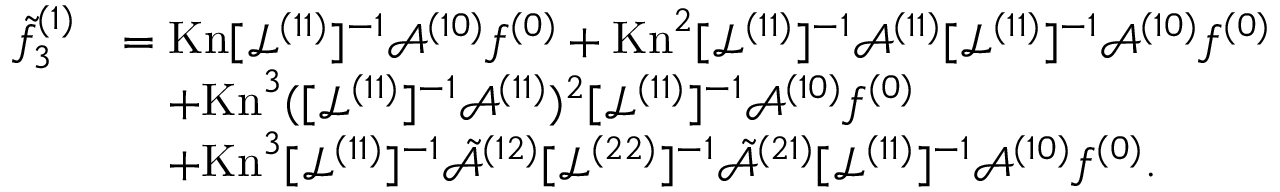
\begin{array} { r l } { \tilde { f } _ { 3 } ^ { ( 1 ) } } & { = \mathrm { K n } [ \mathcal { L } ^ { ( 1 1 ) } ] ^ { - 1 } \mathcal { A } ^ { ( 1 0 ) } f ^ { ( 0 ) } + \mathrm { K n } ^ { 2 } [ \mathcal { L } ^ { ( 1 1 ) } ] ^ { - 1 } \mathcal { A } ^ { ( 1 1 ) } [ \mathcal { L } ^ { ( 1 1 ) } ] ^ { - 1 } \mathcal { A } ^ { ( 1 0 ) } f ^ { ( 0 ) } } \\ & { \quad + \mathrm { K n } ^ { 3 } ( [ \mathcal { L } ^ { ( 1 1 ) } ] ^ { - 1 } \mathcal { A } ^ { ( 1 1 ) } ) ^ { 2 } [ \mathcal { L } ^ { ( 1 1 ) } ] ^ { - 1 } \mathcal { A } ^ { ( 1 0 ) } f ^ { ( 0 ) } } \\ & { \quad + \mathrm { K n } ^ { 3 } [ \mathcal { L } ^ { ( 1 1 ) } ] ^ { - 1 } \tilde { \mathcal { A } } ^ { ( 1 2 ) } [ \mathcal { L } ^ { ( 2 2 ) } ] ^ { - 1 } \tilde { \mathcal { A } } ^ { ( 2 1 ) } [ \mathcal { L } ^ { ( 1 1 ) } ] ^ { - 1 } \mathcal { A } ^ { ( 1 0 ) } f ^ { ( 0 ) } . } \end{array}